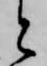
と